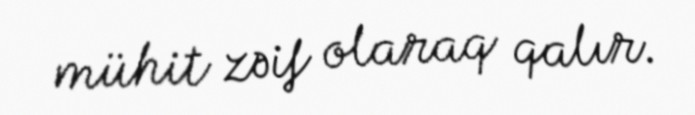
mühit zəif olaraq qalır.